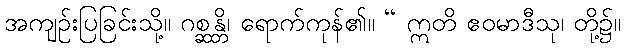
အကျဉ်းပြခြင်းသို့။ ဂစ္ဆန္တိ၊ ရောက်ကုန်၏။ “ ဣတိ ဧဝမာဒီသု၊ တို့၌။